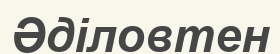
Әділовтен